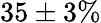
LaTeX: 35\pm 3\%